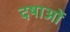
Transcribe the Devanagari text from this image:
दषाओं